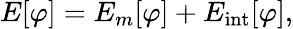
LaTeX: E[\varphi]=E_{m}[\varphi]+E_{\mathrm{int}}[\varphi],